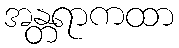
အန္တရာကထာ